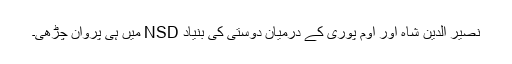
نصیر الدین شاہ اور اوم پوری کے درمیان دوستی کی بنیاد NSD میں ہی پروان چڑھی۔